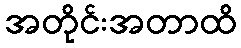
အတိုင်းအတာထိ